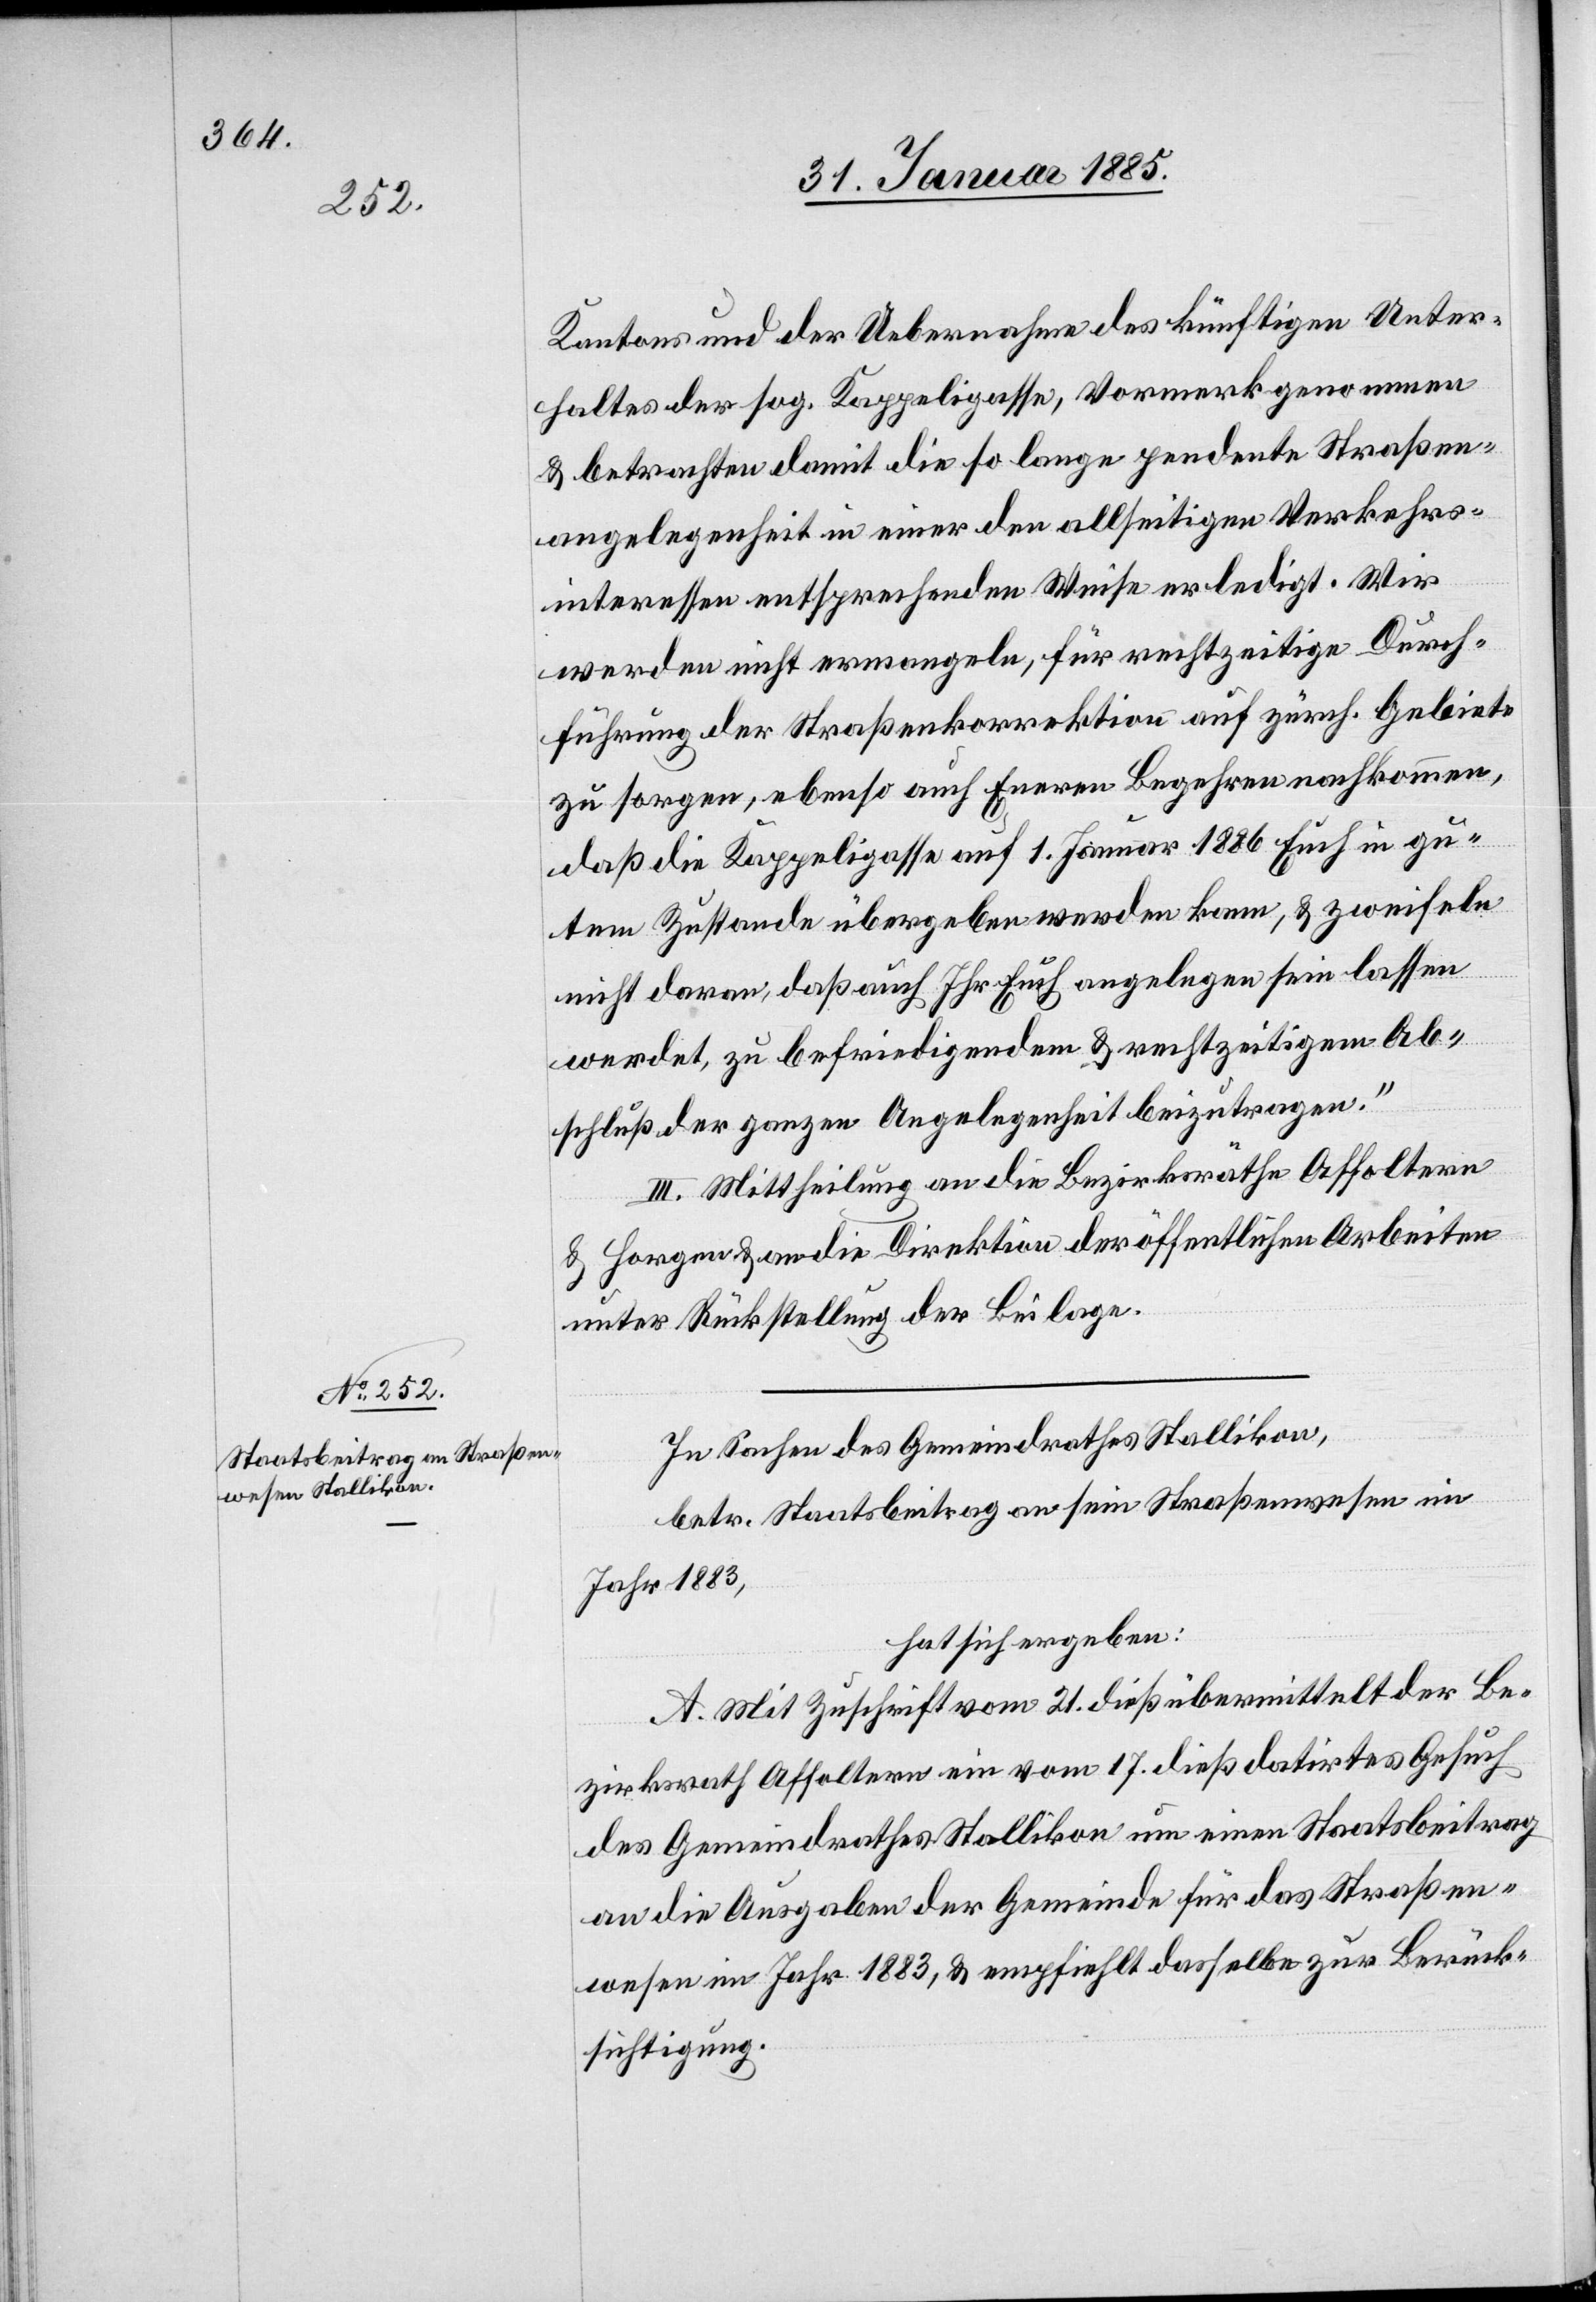
Kantons und der Uebernahme des künftigen Unter¬
haltes der sog. Kappeligasse, Vormerk genommen
& betrachten damit die so lange pendente Straßen¬
angelegenheit in einer den allseitigen Verkehrs¬
interessen entsprechenden Weise erledigt. Wir
werden nicht ermangeln, für rechtzeitige Durch¬
führung der Straßenkorrektion auf zürch. Gebiete
zu sorgen, ebenso auch Euern Begehren nachkommen,
daß die Kappeligasse auf 1. Januar 1886 Euch in gu¬
tem Zustande übergeben werden kann, & zweifeln
nicht daran daß auch Ihre Euch angelegen sein lassen
werdet, zu befriedigendem & rechtzeitigem Ab¬
schluß der ganzen Angelegenheit beizutragen.“
III. Mittheilung an die Bezirksräthe Affoltern
& Horgen & an die Direktion der öffentlichen Arbeiten
unter Rückstellung der Beilage.
In Sachen des Gemeindrathes Stallikon,
betr. Staatsbeitrag an sein Straßenwesen im
Jahr 1883,
hat sich ergeben:
A. Mit Zuschrift vom 21. dieß übermittelt der Be¬
zirksrath Affoltern ein vom 17. dieß datirtes Gesuch
des Gemeindrathes Stallikon um einen Staatsbeitrag
an die Ausgaben der Gemeinde für das Straßen¬
wesen im Jahr 1883, & empfiehlt dasselbe zur Berück¬
sichtigung.